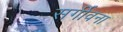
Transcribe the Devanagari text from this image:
सर्गीवना